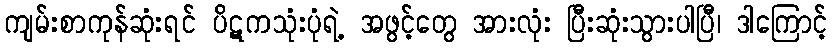
ကျမ်းစာကုန်ဆုံးရင် ပိဋကသုံးပုံရဲ့ အဖွင့်တွေ အားလုံး ပြီးဆုံးသွားပါပြီ၊ ဒါကြောင့်